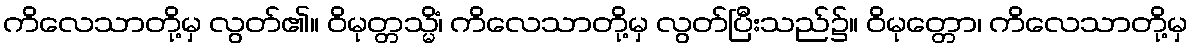
ကိလေသာတို့မှ လွတ်၏။ ဝိမုတ္တသ္မိံ၊ ကိလေသာတို့မှ လွတ်ပြီးသည်၌။ ဝိမုတ္တော၊ ကိလေသာတို့မှ